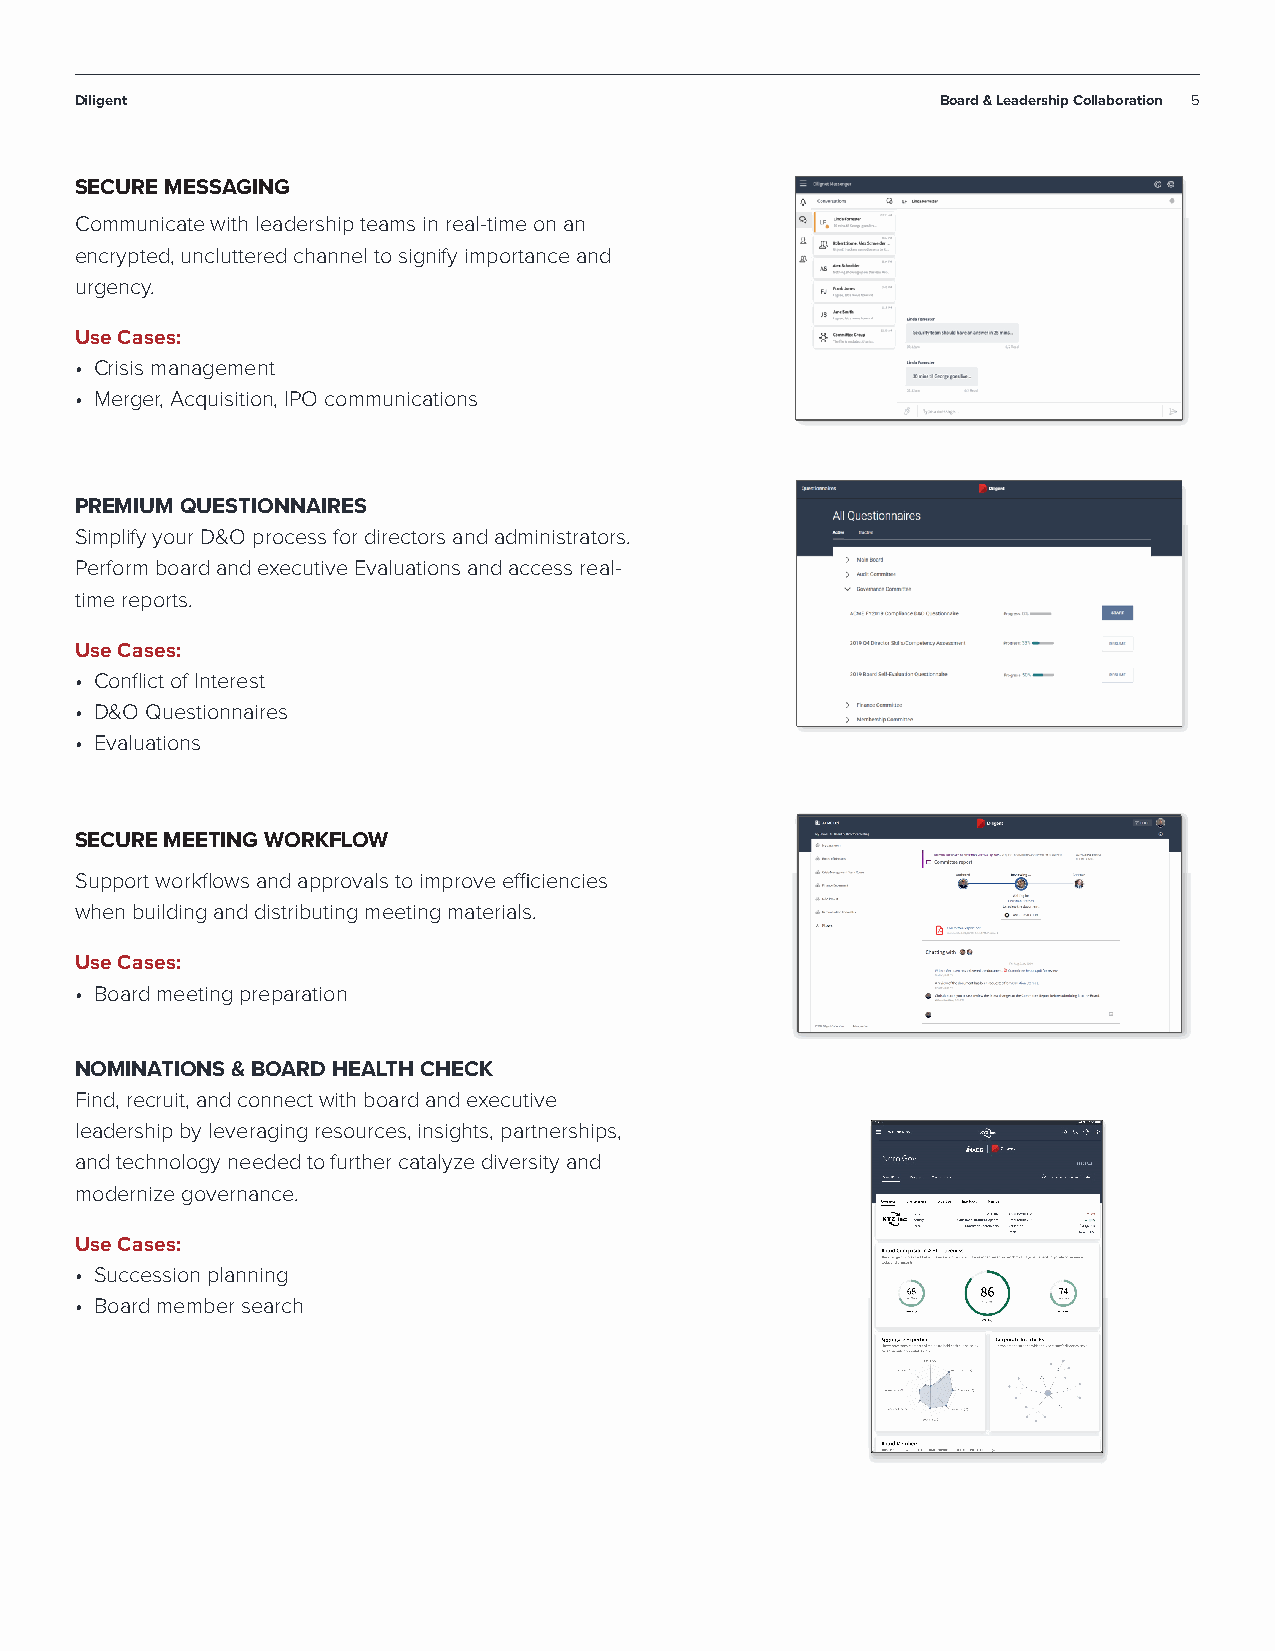
Diligent                                                 Board & Leadership Collaboration 5
 SECURE MESSAGING
 Communicate with leadership teams in real-time on an
 encrypted, uncluttered channel to signify importance and
 urgency.
 Use Cases:
 • Crisis management
 • Merger, Acquisition, IPO communications
 PREMIUM QUESTIONNAIRES
 Simplify your D&O process for directors and administrators.
 Perform board and executive Evaluations and access real-
 time reports.
 Use Cases:
 • Conflict of Interest
 • D&O Questionnaires
 • Evaluations
 SECURE MEETING WORKFLOW
 Support workflows and approvals to improve efficiencies
 when building and distributing meeting materials.
 Use Cases:
 • Board meeting preparation
 NOMINATIONS & BOARD HEALTH CHECK
 Find, recruit, and connect with board and executive
 leadership by leveraging resources, insights, partnerships,
 and technology needed to further catalyze diversity and
 modernize governance.
 Use Cases:
 • Succession planning
 • Board member search